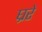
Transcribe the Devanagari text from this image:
घ्ररे